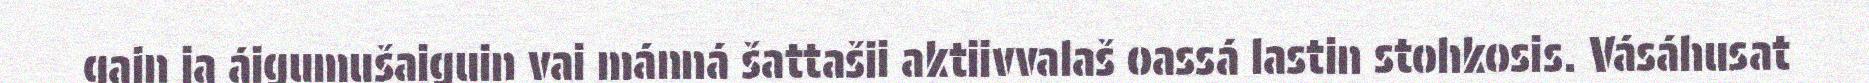
gain ja áigumušaiguin vai mánná šattašii aktiivvalaš oassá lastin stohkosis. Vásáhusat